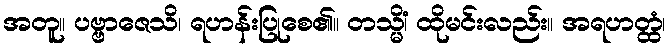
အတူ။ ပဗ္ဗာဇေသိ၊ ရဟန်းပြုစေ၏။ တသ္မိံ၊ ထိုမင်းလည်း။ အရဟတ္ထံ၊